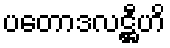
ပတောဒလဋ္ဌီဟိ